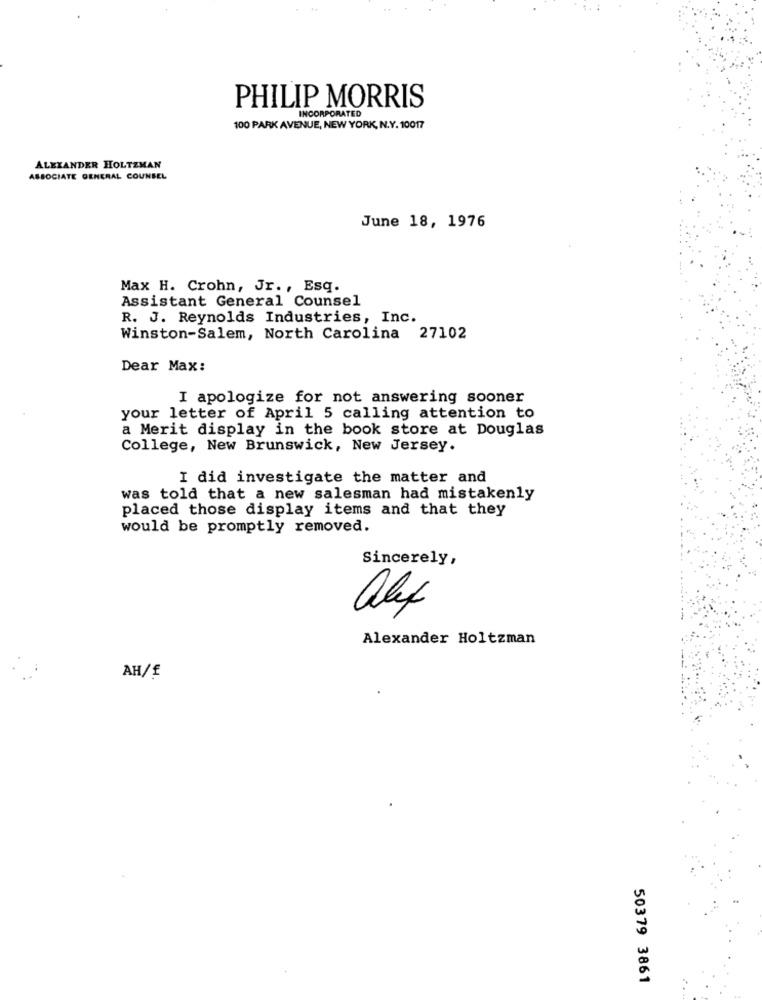
PHILIP MORRIS
INCORPORATED
100 PARK AVENUE, NEW YORK, N.Y. 10017
ALEXANDER HOLTZMAN
ASSOCIATE GENERAL COUNSEL
June 18, 1976
Max H. Crohn, Jr ., Esq.
Assistant General Counsel
R. J. Reynolds Industries, Inc.
Winston-Salem, North Carolina 27102
Dear Max:
I apologize for not answering sooner
your letter of April 5 calling attention to
a Merit display in the book store at Douglas
College, New Brunswick, New Jersey.
I did investigate the matter and
was told that a new salesman had mistakenly
placed those display items and that they
would be promptly removed.
Sincerely,
alex
Alexander Holtzman
AH/£
50379 3861